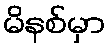
မိနစ်မှာ